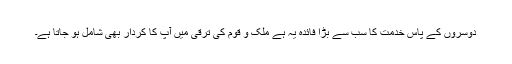
دوسروں کے پاس خدمت کا سب سے بڑا فائدہ یہ ہے ملک و قوم کی ترقی میں آپ کا کردار بھی شامل ہو جاتا ہے۔